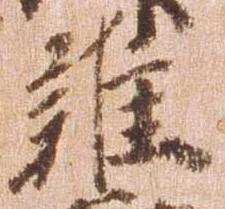
雑